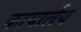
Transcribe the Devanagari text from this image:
कायार्लय